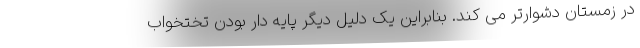
در زمستان دشوارتر می کند. بنابراین یک دلیل دیگر پایه دار بودن تختخواب